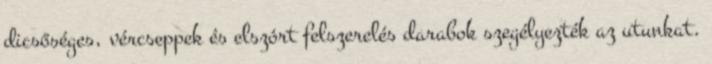
dicsőséges, vércseppek és elszórt felszerelés darabok szegélyezték az utunkat.